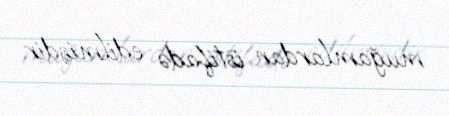
muğamlardan istifadə edilmişdir.